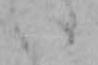
い